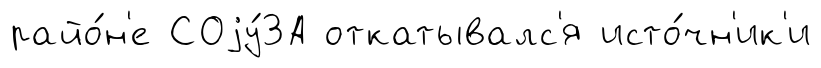
райо́н'е СОjу́ЗА откатывалс'я исто́чн'ик'и